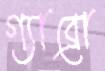
গ্যাব্রো